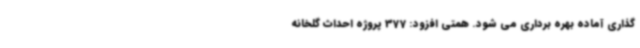
گذاری آماده بهره برداری می شود. همتی افزود: 377 پروژه احداث گلخانه